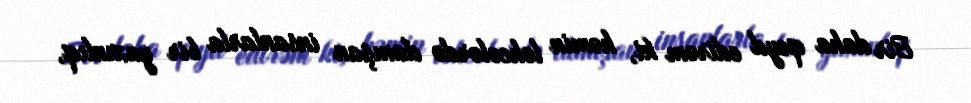
Bir daha qeyd edirəm ki, həmin ləhcələrdə danışan insanlarla bir yaxınlıq,